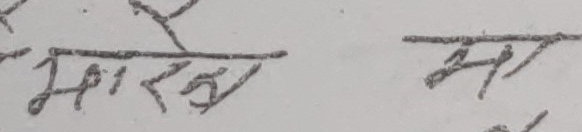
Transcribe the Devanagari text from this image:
भारत मा